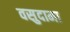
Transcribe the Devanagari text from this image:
वसुदामा